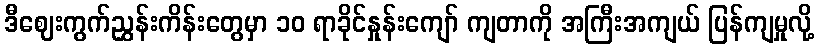
ဒီဈေးကွက်ညွှန်းကိန်းတွေမှာ ၁၀ ရာခိုင်နှုန်းကျော် ကျတာကို အကြီးအကျယ် ပြန်ကျမှုလို့